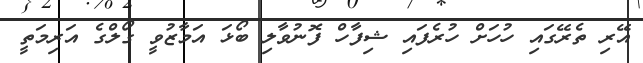
އޭރި ތެރޭގައި ހުހަށް ހުރެފައި ޝިފާހް ފޮނުވާލި ބޯޅަ އަމާޒުވީ ގޯލްގެ އަރިމަތީ